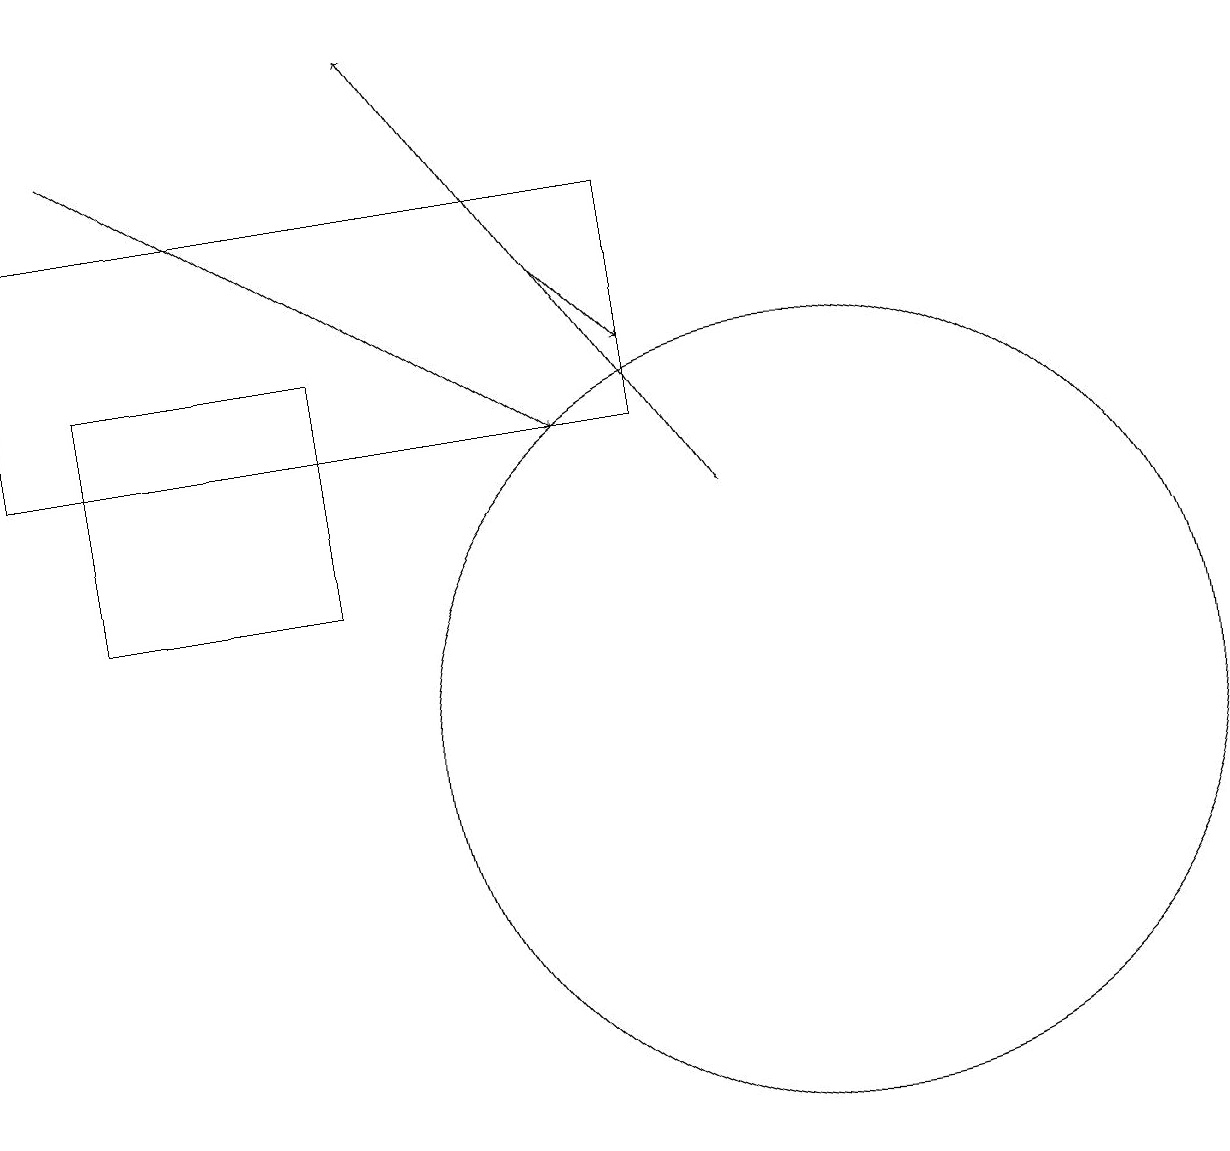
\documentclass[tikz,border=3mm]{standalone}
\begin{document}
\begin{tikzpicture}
\draw (10,10) circle (5);
\draw[->] (9,13) -- (5,19);
\draw (1,15) rectangle (4,12);
\draw[->] (1,18) -- (7,14);
\draw (8,17) rectangle (0,14);
\draw[->] (7,16) -- (8,15);
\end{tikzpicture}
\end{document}